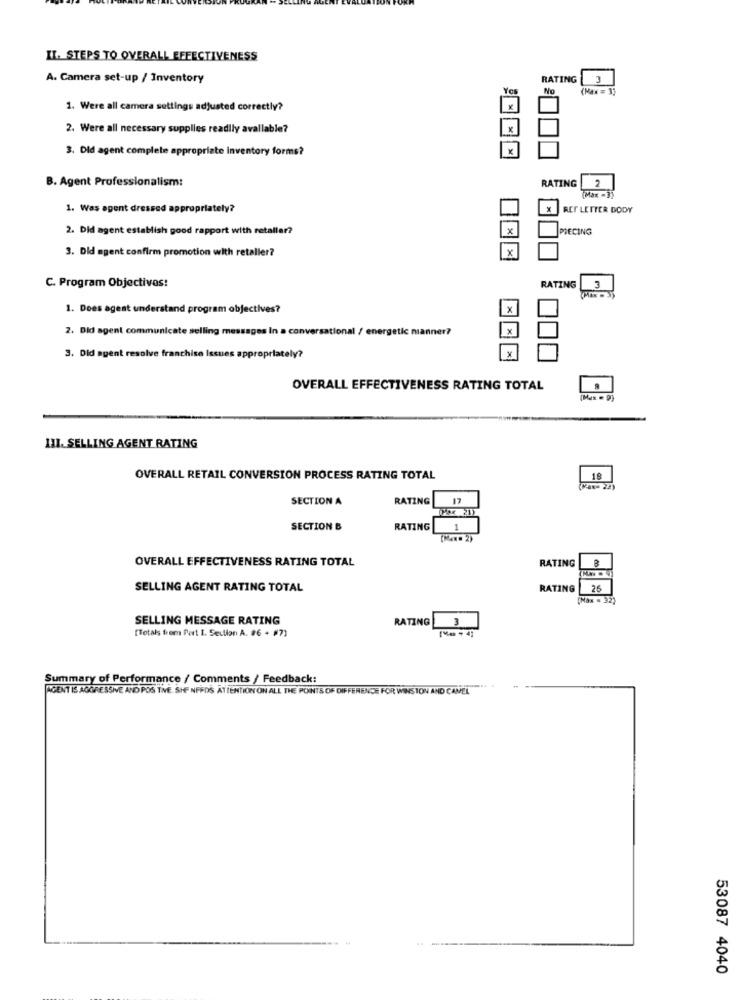
II. STEPS TO OVERALL EFFECTIVENESS
A. Camera set-up / Inventory
RATING
Yes
No
(Max = 3)
1. Were all camera settings adjusted correctly?
2. Were all necessary supplies readily available?
3. Did agent complete appropriate inventory forms?
B. Agent Professionalism:
RATING
(Max -3)
1. Was agent dressed appropriately?
REF LETTER BODY
2. Did agent establish good rapport with retaller?
x
PIECING
3. Did agent confirm promotion with retaller?
x
C. Program Objectivos:
RATING
1. Does agent understand program objectives?
x
2. Did agent communicate selling messages In a conversational / energetic n
ner?
x
3. Did agent resolve franchise Issues appropriately?
OVERALL EFFECTIVENESS RATING TOTAL
III. SELLING AGENT RATING
OVERALL RETAIL CONVERSION PROCESS RATING TOTAL
18
(Max- 22)
SECTION A
RATING
17
SECTION B
RATING 1
OVERALL EFFECTIVENESS RATING TOTAL
RATING
SELLING AGENT RATING TOTAL
RATING
25
(Max = 32)
SELLING MESSAGE RATING
RATING
3
[Totals from Part I. Section A. #6 + #7)
Summary of Performance / Comments / Feedback:
AGENT IS AGGRESSIVE AND POS TIME. SHE NEEDS ATTENTION ON ALL THE POINTS OF DIFFERENCE FOR WINSTON AND CAMEL
53087 4040